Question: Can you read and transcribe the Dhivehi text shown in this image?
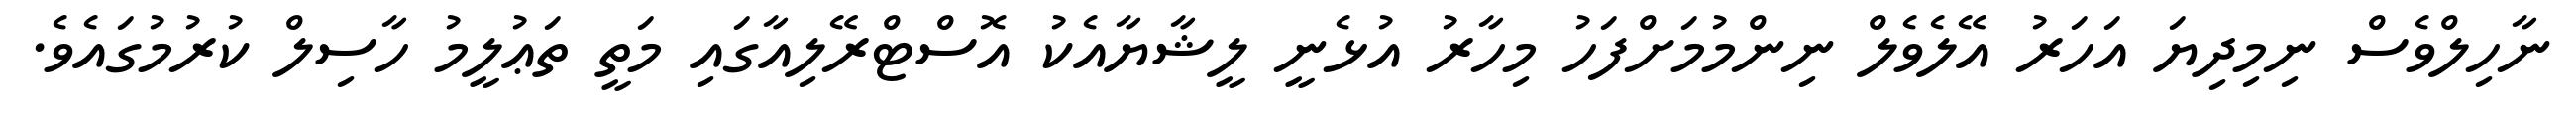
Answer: ނާހިލްވެސް ނިމިދިޔަ އަހަރު އޭލެވެލް ނިންމުމަށްފަހު މިހާރު އުޅެނީ ލީޝާޔާއެކު އޮސްޓްރޭލިއާގައި މަތީ ތަޢުލީމު ހާސިލް ކުރުމުގައެވެ.